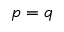
p = q